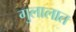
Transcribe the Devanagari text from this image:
गुलालात